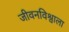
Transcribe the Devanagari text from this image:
जीवनविश्वाला